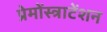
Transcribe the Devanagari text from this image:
प्रेमोंस्त्राटेंशन